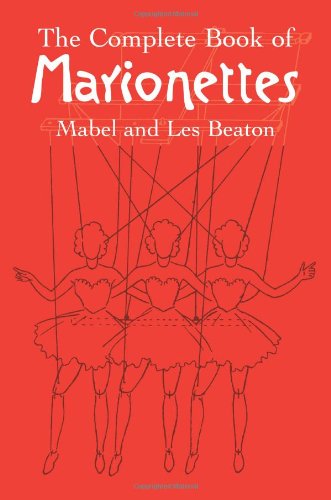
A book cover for The Complete Book of Marionettes; Mabel and Les Beaton; Crafts, Hobbies & Home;